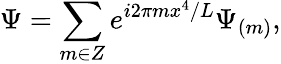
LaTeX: \Psi=\sum_{m\in Z}e^{i2\pi mx^{4}/L}\Psi_{(m)},